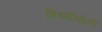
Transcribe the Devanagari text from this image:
त्रिच्नीपोली